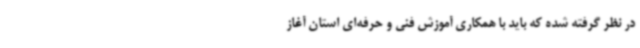
در نظر گرفته شده که باید با همکاری آموزش فنی و حرفه‌ای استان آغاز